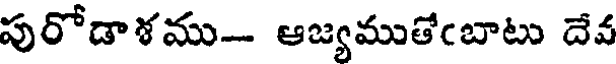
పురోడాళము- ఆజ్యముతేఁబాటు దేవ